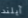
آيلند